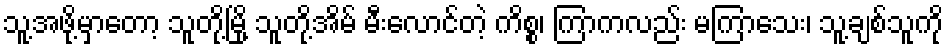
သူ့အဖို့မှာတော့ သူတို့မြို့ သူတို့အိမ် မီးလောင်တဲ့ ကိစ္စ၊ ကြာကလည်း မကြာသေး၊ သူ့ချစ်သူကို